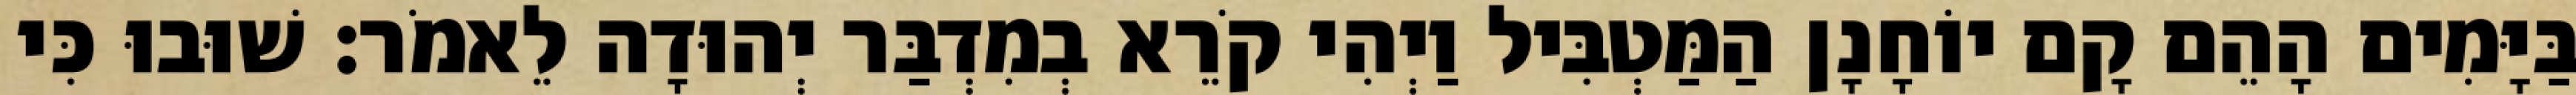
בַּיָּמִים הָהֵם קָם יוֹחָנָן הַמַּטְבִּיל וַיְהִי קֹרֵא בְמִדְבַּר יְהוּדָה לֵאמֹר׃ שׁוּבוּ כִּי